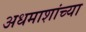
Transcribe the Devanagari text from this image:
अधमाशांच्या